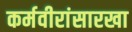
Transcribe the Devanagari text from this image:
कर्मवीरांसारखा